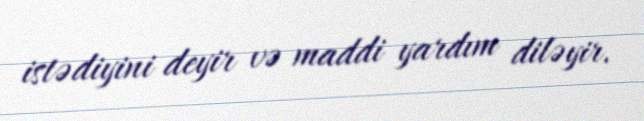
istədiyini deyir və maddi yardım diləyir.